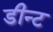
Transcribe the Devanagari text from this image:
डीन्ट